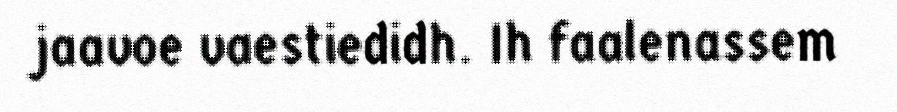
jaavoe vaestiedidh. Ih faalenassem